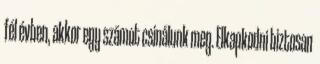
fél évben, akkor egy számot csinálunk meg. Elkapkodni biztosan